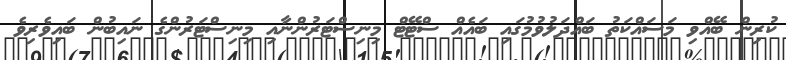
ކުރިން ބޭއްވި މަސައްކަތު ބައްދަލުވުމުގައި ބައެއް ސްޓޭޓް މިނިސްޓަރުންނާއި މިނިސްޓަރުންގެ ނައިބުން ބައިވެރިވެ